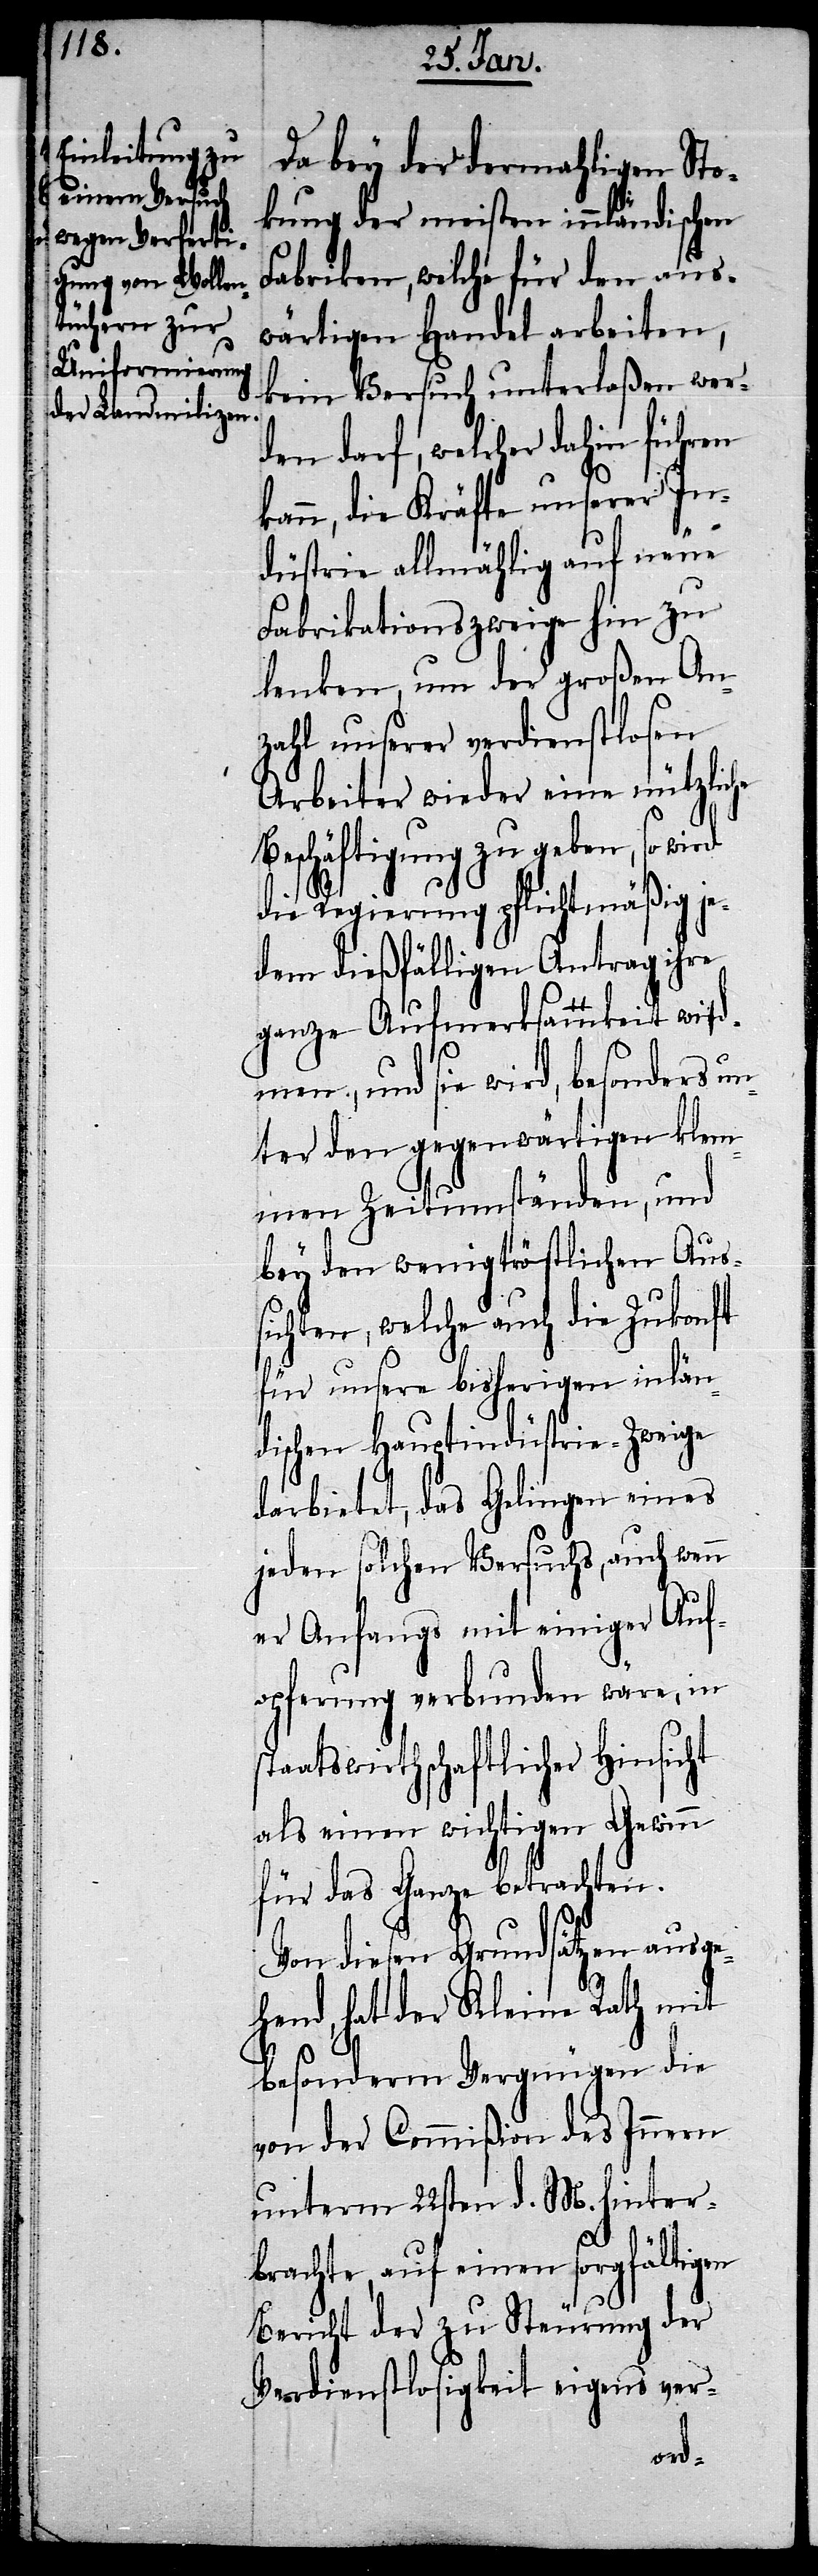
Da bey der dermahligen Sto¬
kung der meisten innländischen
Fabriken, welche für den aus¬
wärtigen Handel arbeiten,
kein Versuch unterlaßen wer¬
den darf, welcher dahin führen
kann, die Kräfte unserer In¬
düstrie allmählig auf neue
Fabrikationszweige hin zu
lenken, um der großen An¬
zahl unserer verdienstlosen
Arbeiter wieder eine nützliche
Beschäftigung zu geben, so
die Regierung pflichtmäßig je¬
dem dießfälligen Antrag ihre
ganze Aufmerksamkeit wid¬
men, und sie wird, besonders un¬
ter den gegenwärtigen klem¬
men Zeitumständen, und
bey den wenig tröstlichen Auss¬
ichten, welche auch die Zukonft
für unsere bisherigen inlän¬
dischen Hauptindüstrie-Zweige
darbietet, das Gelingen eines
jeden solchen Versuchs, auch wenn
er Anfangs mit einiger Auf¬
opferung verbunden wäre, in
staatswirthschaftlicher Hinsicht
als einen wichtigen Gewinn
für das Ganze betrachten.
Von diesen Grundsätzen ausge¬
hend, hat der Kleine Rath mit
besonderm Vergnügen die
von der Commißion des Innern
unterm 22sten d. M. hinter¬
brachte, auf einen sorgfältigen
Bericht der zu Steurung der
Verdienstlosigkeit eigens ver-